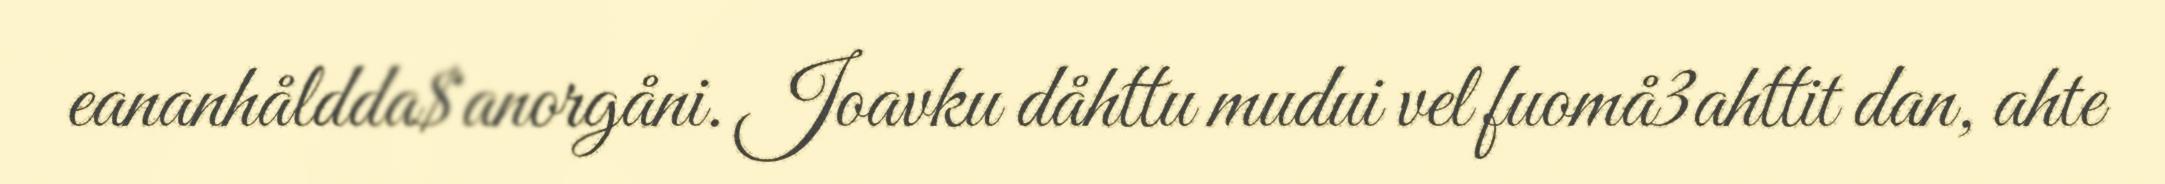
eananhåldda$anorgåni. Joavku dåhttu mudui vel fuomå3ahttit dan, ahte